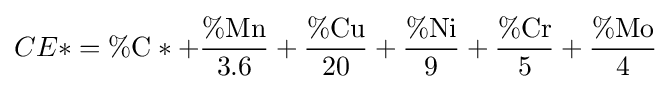
CE*=\%{\text{C}}*+{\frac {\%{\text{Mn}}}{3.6}}+{\frac {\%{\text{Cu}}}{20}}+{\frac {\%{\text{Ni}}}{9}}+{\frac {\%{\text{Cr}}}{5}}+{\frac {\%{\text{Mo}}}{4}}